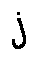
j